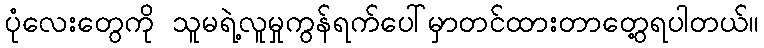
ပုံလေးတွေကို သူမရဲ့လူမှုကွန်ရက်ပေါ်မှာတင်ထားတာတွေ့ရပါတယ်။